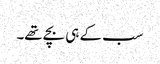
سب کے ہی بچے تھے۔